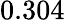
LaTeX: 0.304